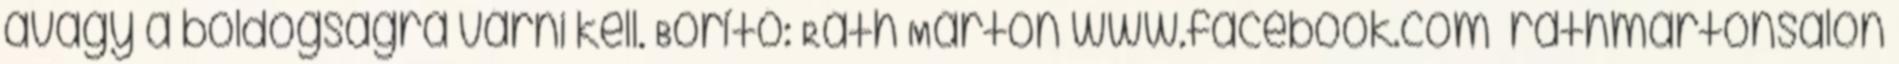
avagy a boldogságra várni kell. Borító: Ráth Márton www.facebook.com rathmartonsalon